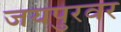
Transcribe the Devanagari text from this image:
जयपुरवर